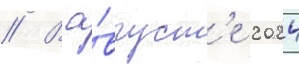
// В а́вгуст'е 2024